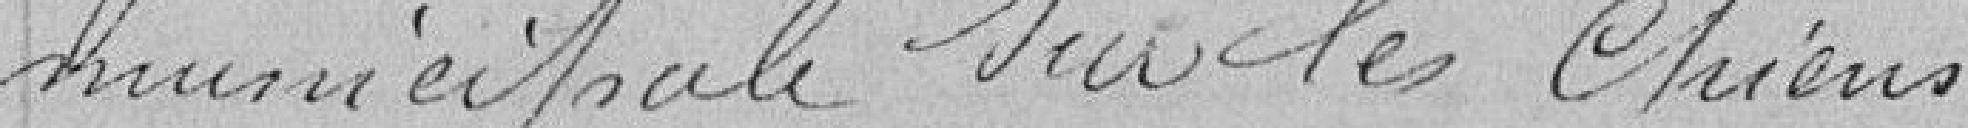
municipale sur les chiens.